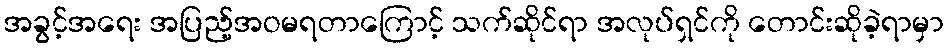
အခွင့်အရေး အပြည့်အဝမရတာကြောင့် သက်ဆိုင်ရာ အလုပ်ရှင်ကို တောင်းဆိုခဲ့ရာမှာ